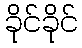
ခိုင်ခိုင်